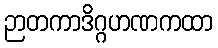
ဉာတကာဒိဂ္ဂဟဏကထာ